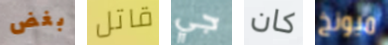
بغض قاتل جي كان ميونخ